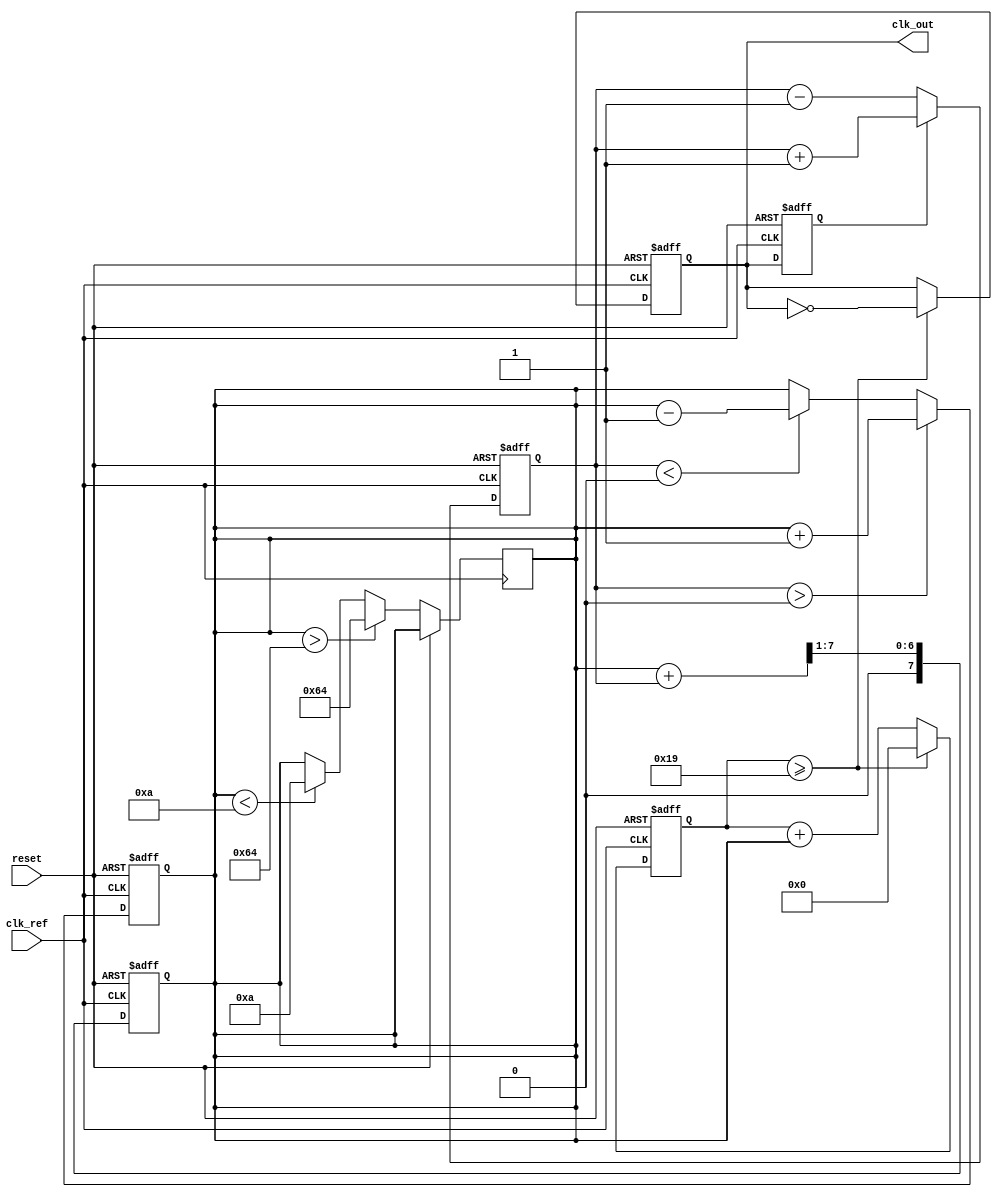
module PLL (
    input wire clk_ref,          // Reference clock input
    input wire reset,            // Reset signal
    output reg clk_out           // Output clock signal
);

    // Parameters
    parameter N = 4;             // Division factor for feedback
    parameter LOOP_FILTER_SIZE = 8; // Size of the loop filter
    parameter VCO_MAX_FREQ = 100; // Max frequency of VCO (in MHz)
    parameter VCO_MIN_FREQ = 10;  // Min frequency of VCO (in MHz)

    // Internal signals
    reg [LOOP_FILTER_SIZE-1:0] phase_error; // Phase error signal
    reg [LOOP_FILTER_SIZE-1:0] control_voltage; // Control voltage for VCO
    reg [31:0] vco_counter;      // VCO counter
    reg [31:0] feedback_divider;  // Feedback divider counter
    reg vco_clk;                 // VCO clock output

    // Phase Detector (PD)
    always @(posedge clk_ref or posedge reset) begin
        if (reset) begin
            phase_error <= 0;
        end else begin
            // Simple phase detector logic
            if (vco_clk) begin
                phase_error <= phase_error + 1; // Increment if VCO is leading
            end else begin
                phase_error <= phase_error - 1; // Decrement if VCO is lagging
            end
        end
    end

    // Charge Pump (CP)
    always @(posedge clk_ref or posedge reset) begin
        if (reset) begin
            control_voltage <= 0;
        end else begin
            // Charge pump logic
            if (phase_error > 0) begin
                control_voltage <= control_voltage + 1; // Add charge
            end else if (phase_error < 0) begin
                control_voltage <= control_voltage - 1; // Remove charge
            end
        end
    end

    // Loop Filter (LF)
    always @(posedge clk_ref or posedge reset) begin
        if (reset) begin
            control_voltage <= 0;
        end else begin
            // Simple low-pass filter implementation
            control_voltage <= (control_voltage + phase_error) >> 1; // Averaging
        end
    end

    // Voltage-Controlled Oscillator (VCO)
    always @(posedge clk_ref or posedge reset) begin
        if (reset) begin
            vco_counter <= 0;
            clk_out <= 0;
        end else begin
            // VCO frequency control based on control voltage
            if (control_voltage > VCO_MAX_FREQ) begin
                control_voltage <= VCO_MAX_FREQ;
            end else if (control_voltage < VCO_MIN_FREQ) begin
                control_voltage <= VCO_MIN_FREQ;
            end
            
            // VCO counter logic
            vco_counter <= vco_counter + control_voltage;
            if (vco_counter >= (100 / N)) begin // Adjust for N
                clk_out <= ~clk_out; // Toggle output clock
                vco_counter <= 0;     // Reset counter
            end
        end
    end

    // Feedback Divider
    always @(posedge clk_out or posedge reset) begin
        if (reset) begin
            feedback_divider <= 0;
        end else begin
            feedback_divider <= feedback_divider + 1;
            if (feedback_divider >= N) begin
                feedback_divider <= 0; // Reset feedback divider
            end
        end
    end

    // Generate VCO clock signal for phase detector
    always @(posedge clk_ref or posedge reset) begin
        if (reset) begin
            vco_clk <= 0;
        end else begin
            vco_clk <= clk_out; // Output from VCO
        end
    end

endmodule